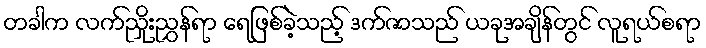
တခါက လက်ညှိုးညွှန်ရာ ရေဖြစ်ခဲ့သည့် ဒက်ဇာသည် ယခုအချိန်တွင် လူရယ်စရာ